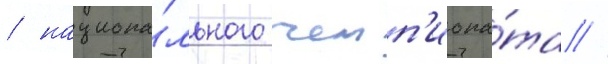
/ национа́льного чемп'иона́та //